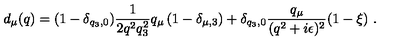
d _ { \mu } ( q ) = ( 1 - \delta _ { q _ { 3 } , 0 } ) \frac { 1 } { 2 q ^ { 2 } q _ { 3 } ^ { 2 } } q _ { \mu } \left( 1 - \delta _ { \mu , 3 } \right) + \delta _ { q _ { 3 } , 0 } \frac { q _ { \mu } } { ( q ^ { 2 } + i \epsilon ) ^ { 2 } } ( 1 - \xi ) \ .